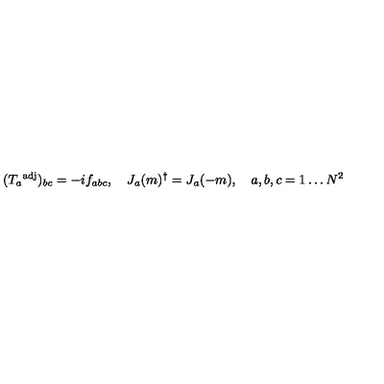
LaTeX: ( T _ { a } { } ^ { \mathrm { a d j } } ) _ { b c } = - i f _ { a b c } , \quad J _ { a } ( m ) ^ { \dag } = J _ { a } ( - m ) , \quad a , b , c = 1 \dots N ^ { 2 }